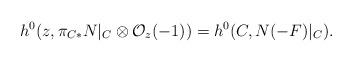
LaTeX: \begin{align*}h^{0}(z, \pi_{C*} N|_{C}\otimes {\cal O}_{z}(-1)) = h^{0} (C,N (-F)|_{C}).\end{align*}